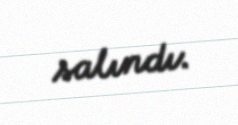
salındı.